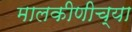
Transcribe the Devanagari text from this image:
मालकीणीच्या